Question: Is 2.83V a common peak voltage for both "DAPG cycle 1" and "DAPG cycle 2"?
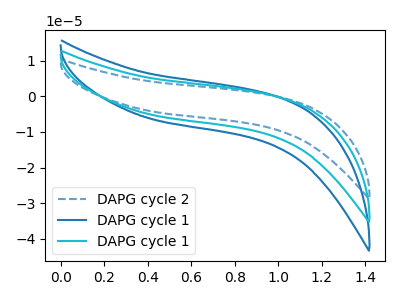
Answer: <think>The blue dashed curve "DAPG cycle 2" has no peaks. The blue curve "DAPG cycle 1" has no peaks. The cyan curve "DAPG cycle 1" has no peaks.</think>
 <answer>No, "DAPG cycle 1" and "DAPG cycle 2" dont share a peak at 2.83V.</answer>
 <eval>mismatch</eval>